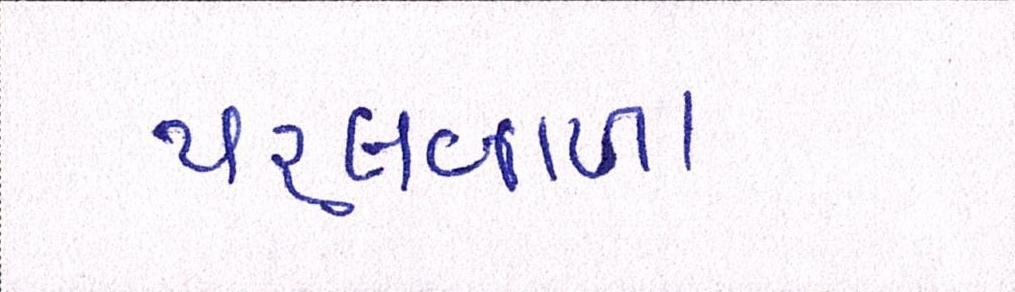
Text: પહલવાળા